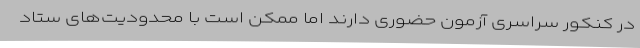
در کنکور سراسری آزمون حضوری دارند اما ممکن است با محدودیت‌های ستاد